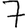
Digit: 7